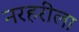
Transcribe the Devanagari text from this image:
नरहरीला